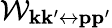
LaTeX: \mathcal{W}_{\mathbf{k}\mathbf{k}^{\prime}\leftrightarrow\mathbf{p}\mathbf{p}^{\prime}}